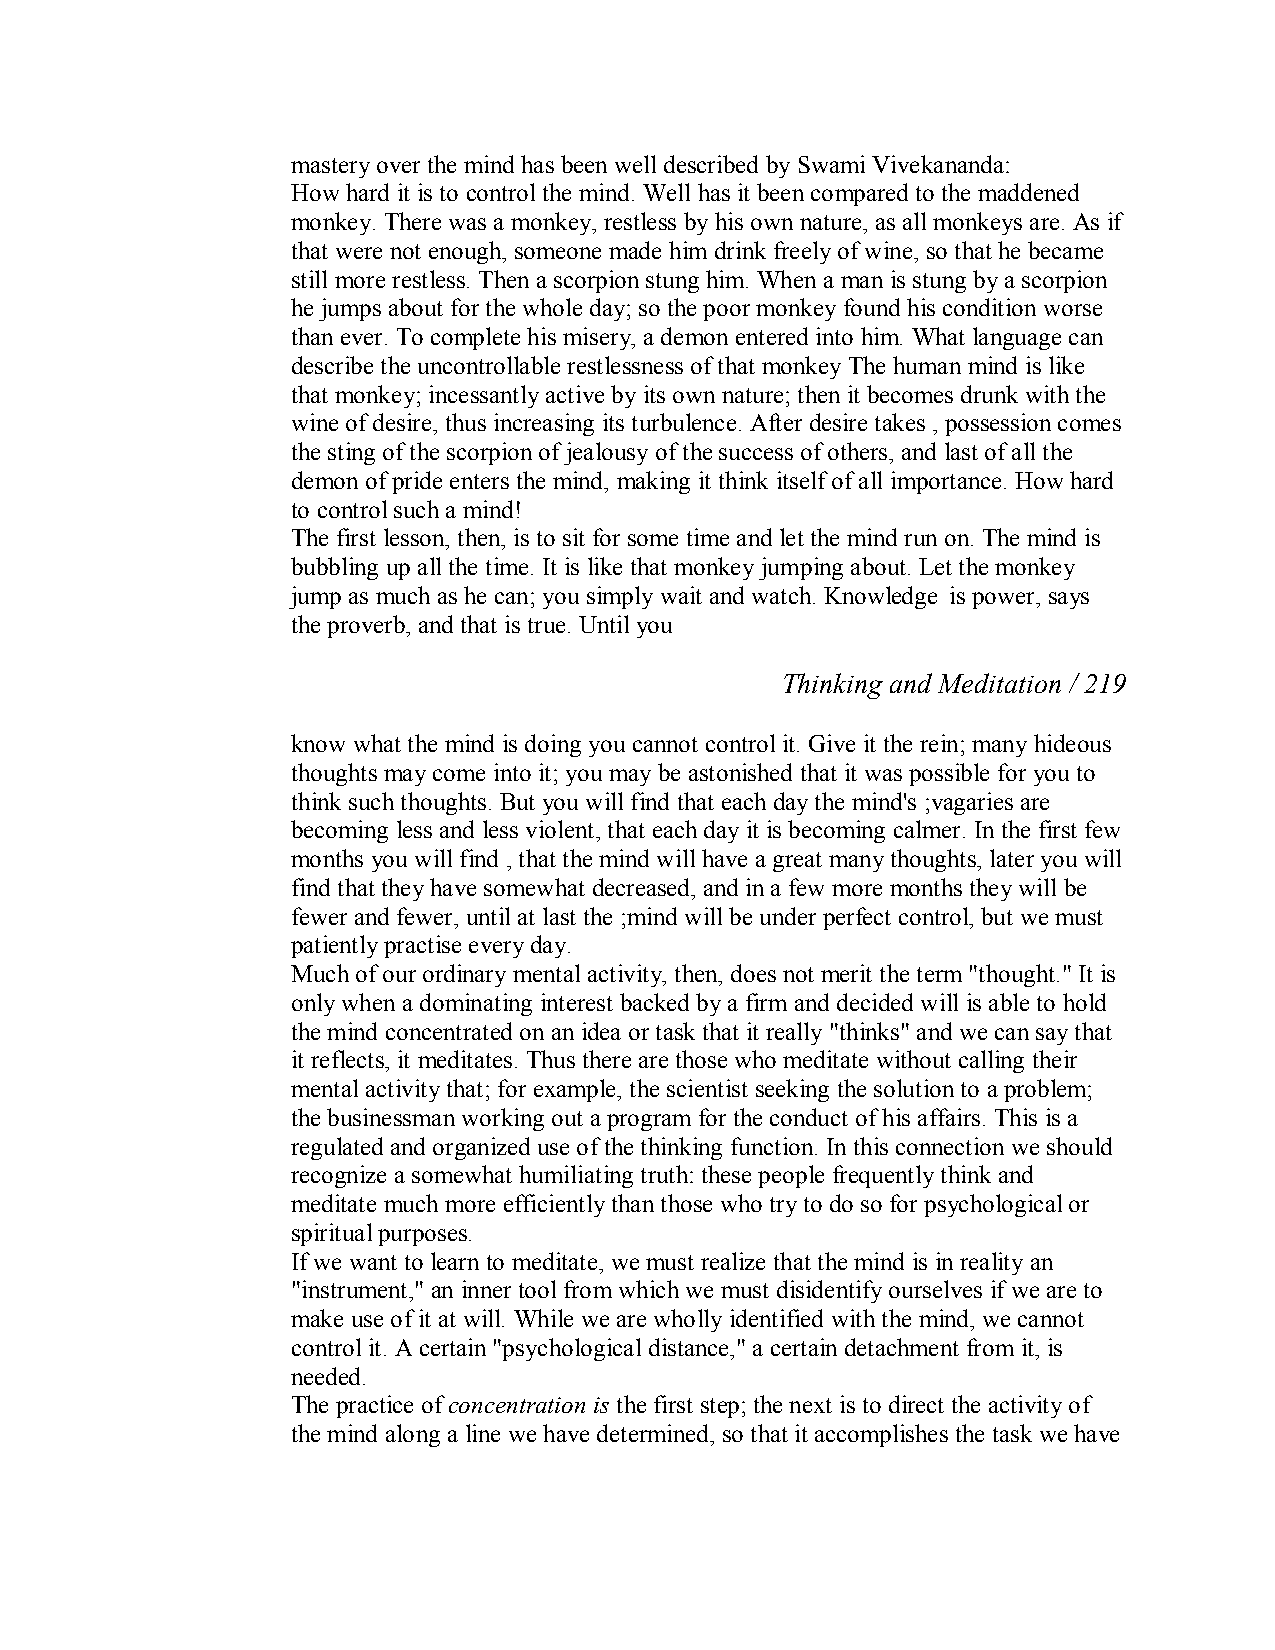
mastery over the mind has been well described by Swami Vivekananda:
 How hard it is to control the mind. Well has it been compared to the maddened
 monkey. There was a monkey, restless by his own nature, as all monkeys are. As if
 that were not enough, someone made him drink freely of wine, so that he became
 still more restless. Then a scorpion stung him. When a man is stung by a scorpion
 he jumps about for the whole day; so the poor monkey found his condition worse
 than ever. To complete his misery, a demon entered into him. What language can
 describe the uncontrollable restlessness of that monkey The human mind is like
 that monkey; incessantly active by its own nature; then it becomes drunk with the
 wine of desire, thus increasing its turbulence. After desire takes , possession comes
 the sting of the scorpion of jealousy of the success of others, and last of all the
 demon of pride enters the mind, making it think itself of all importance. How hard
 to control such a mind!
 The first lesson, then, is to sit for some time and let the mind run on. The mind is
 bubbling up all the time. It is like that monkey jumping about. Let the monkey
 jump as much as he can; you simply wait and watch. Knowledge is power, says
 the proverb, and that is true. Until you
 Thinking and Meditation / 219
 know what the mind is doing you cannot control it. Give it the rein; many hideous
 thoughts may come into it; you may be astonished that it was possible for you to
 think such thoughts. But you will find that each day the mind's ;vagaries are
 becoming less and less violent, that each day it is becoming calmer. In the first few
 months you will find , that the mind will have a great many thoughts, later you will
 find that they have somewhat decreased, and in a few more months they will be
 fewer and fewer, until at last the ;mind will be under perfect control, but we must
 patiently practise every day.
 Much of our ordinary mental activity, then, does not merit the term "thought." It is
 only when a dominating interest backed by a firm and decided will is able to hold
 the mind concentrated on an idea or task that it really "thinks" and we can say that
 it reflects, it meditates. Thus there are those who meditate without calling their
 mentalactivity that; for example, the scientist seeking the solution to a problem;
 the businessman working out a program for the conduct of his affairs. This is a
 regulated and organized use of the thinking function. In this connection we should
 recognize a somewhat humiliating truth: these people frequently think and
 meditate much more efficiently than those who try to do so for psychological or
 spiritual purposes.
 If we want to learn to meditate, we must realize that the mind is in reality an
 "instrument," an inner tool from which we must disidentify ourselves if we are to
 make use of it at will. While we are wholly identified with the mind, we cannot
 control it. A certain "psychological distance," a certain detachment from it, is
 needed.
 The practice ofconcentration is the first step; the next is to direct the activity of
 the mind along a line we have determined, so that it accomplishes the task we have